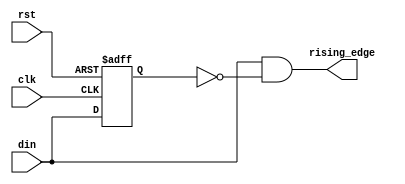
module edge_detector (clk,
                      rst,
                      din,
                      rising_edge
                     );
  
  input clk, rst, din;
  output rising_edge;
  reg dout;
  
  always @ (posedge clk or posedge rst)
    begin
      if (rst)
        begin
          dout <= 'h0;
        end
      else
        begin
          dout <= din;
        end
    end
  
  assign rising_edge  = ( din & (!(dout)) );
 
endmodule